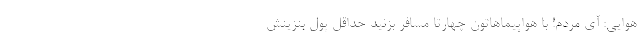
هوایی: آی مردم! با هواپیماهاتون چهارتا مسافر بزنید حداقل پول بنزینش